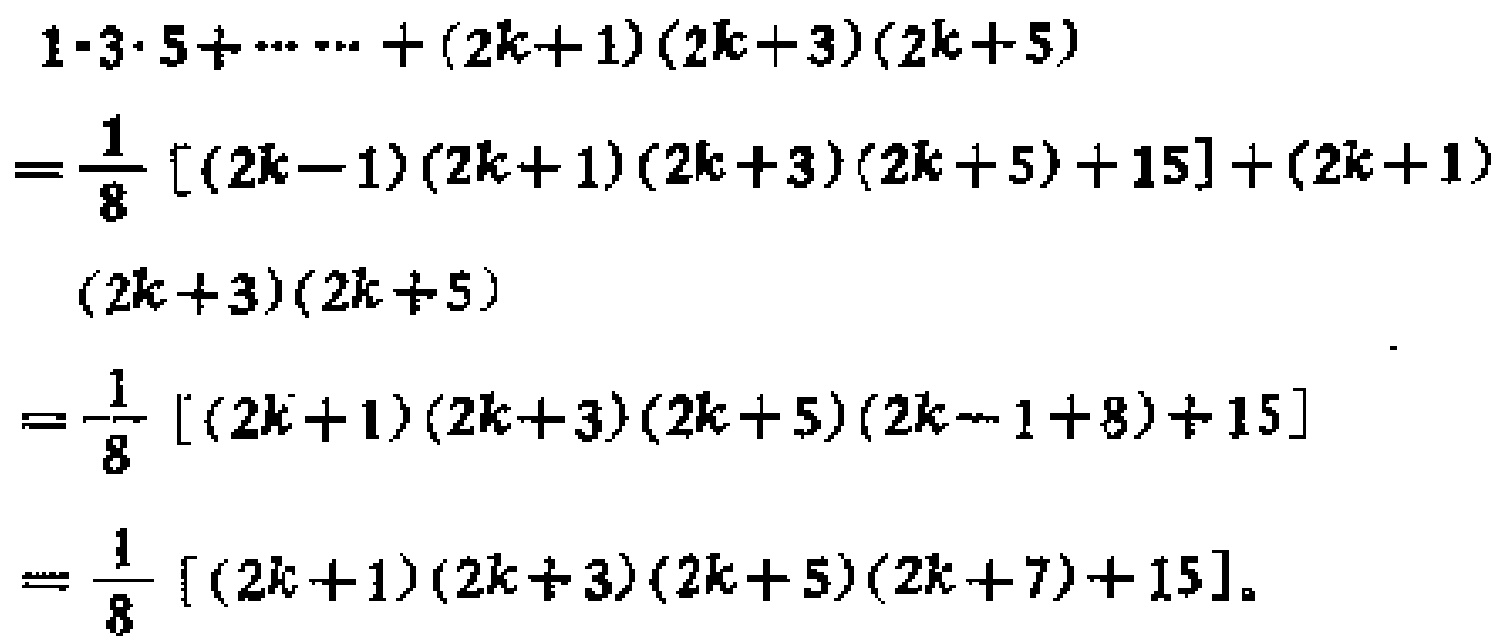
\[
\begin{align*}
&1\cdot3\cdot5+\cdots+(2k + 1)(2k + 3)(2k + 5)\\
=&\frac{1}{8}[(2k - 1)(2k + 1)(2k + 3)(2k + 5)+15]+(2k + 1)(2k + 3)(2k + 5)\\
=&\frac{1}{8}[(2k + 1)(2k + 3)(2k + 5)(2k - 1+8)+15]\\
=&\frac{1}{8}[(2k + 1)(2k + 3)(2k + 5)(2k + 7)+15]
\end{align*}
\]